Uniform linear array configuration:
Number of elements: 64
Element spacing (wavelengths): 0.75
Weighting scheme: hann
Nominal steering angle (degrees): -30
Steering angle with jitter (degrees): -28.644
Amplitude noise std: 0.05
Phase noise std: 0.05

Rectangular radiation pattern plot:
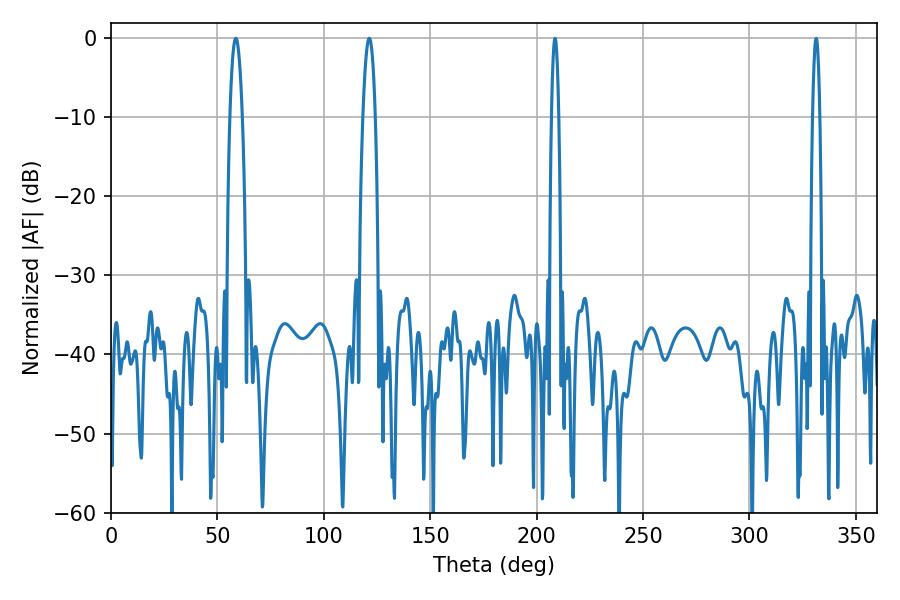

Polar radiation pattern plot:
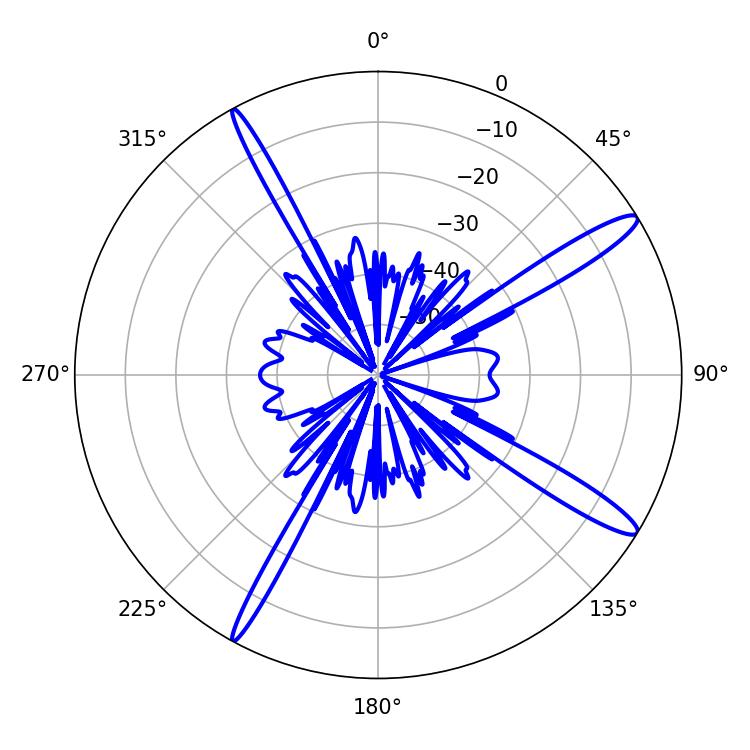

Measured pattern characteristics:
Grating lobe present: TRUE
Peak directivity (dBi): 14.574
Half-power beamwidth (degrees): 3.24
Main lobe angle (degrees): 58.68